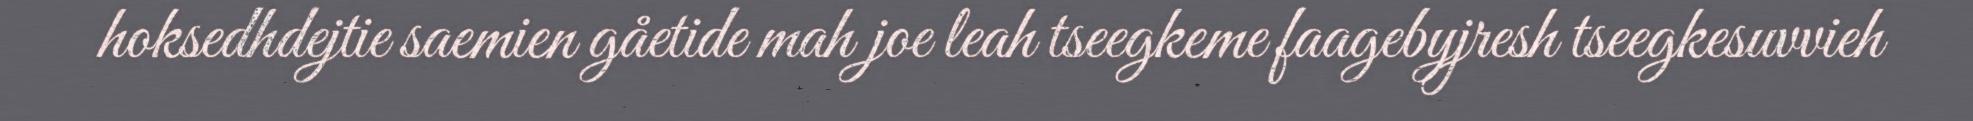
hoksedhdejtie saemien gåetide mah joe leah tseegkeme faagebyjresh tseegkesuvvieh